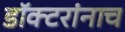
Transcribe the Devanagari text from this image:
डॉक्टरांनाच